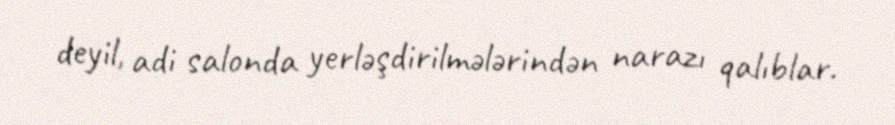
deyil, adi salonda yerləşdirilmələrindən narazı qalıblar.